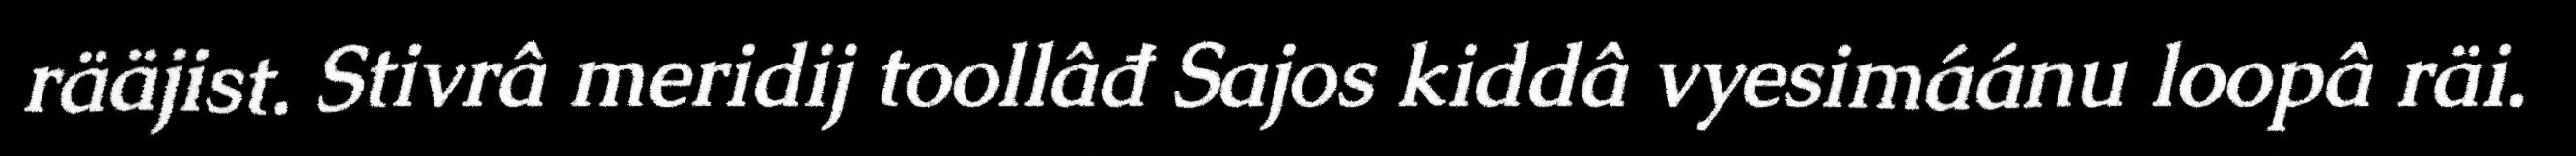
rääjist. Stivrâ meridij toollâđ Sajos kiddâ vyesimáánu loopâ räi.